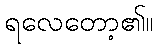
ရလေတော့၏။